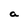
Character: a